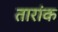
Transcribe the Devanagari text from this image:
तारांक